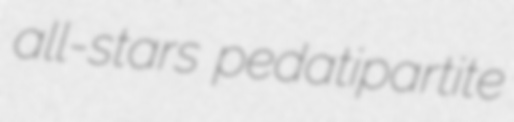
all-stars pedatipartite